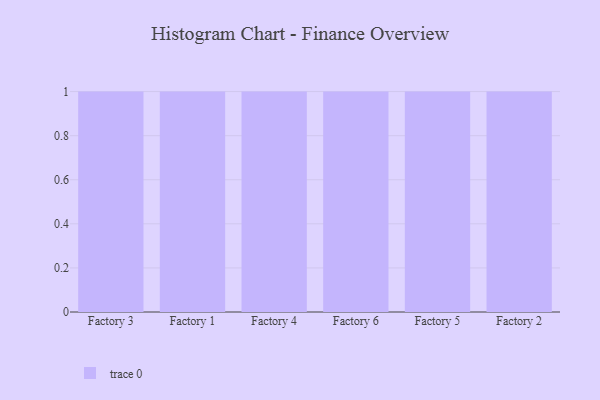
{"axis": {"x": "Factory", "y": "Churn Rate (%)"}, "legend": [""], "data": [{"x": "Factory 3", "y": 99, "type": ""}, {"x": "Factory 1", "y": 10, "type": ""}, {"x": "Factory 4", "y": 50, "type": ""}, {"x": "Factory 6", "y": 30, "type": ""}, {"x": "Factory 5", "y": 95, "type": ""}, {"x": "Factory 2", "y": 18, "type": ""}]}